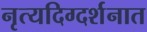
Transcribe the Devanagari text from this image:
नृत्यदिग्दर्शनात